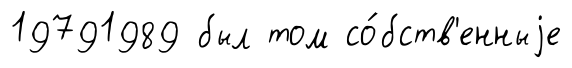
19791989 был том со́бств'енныjе